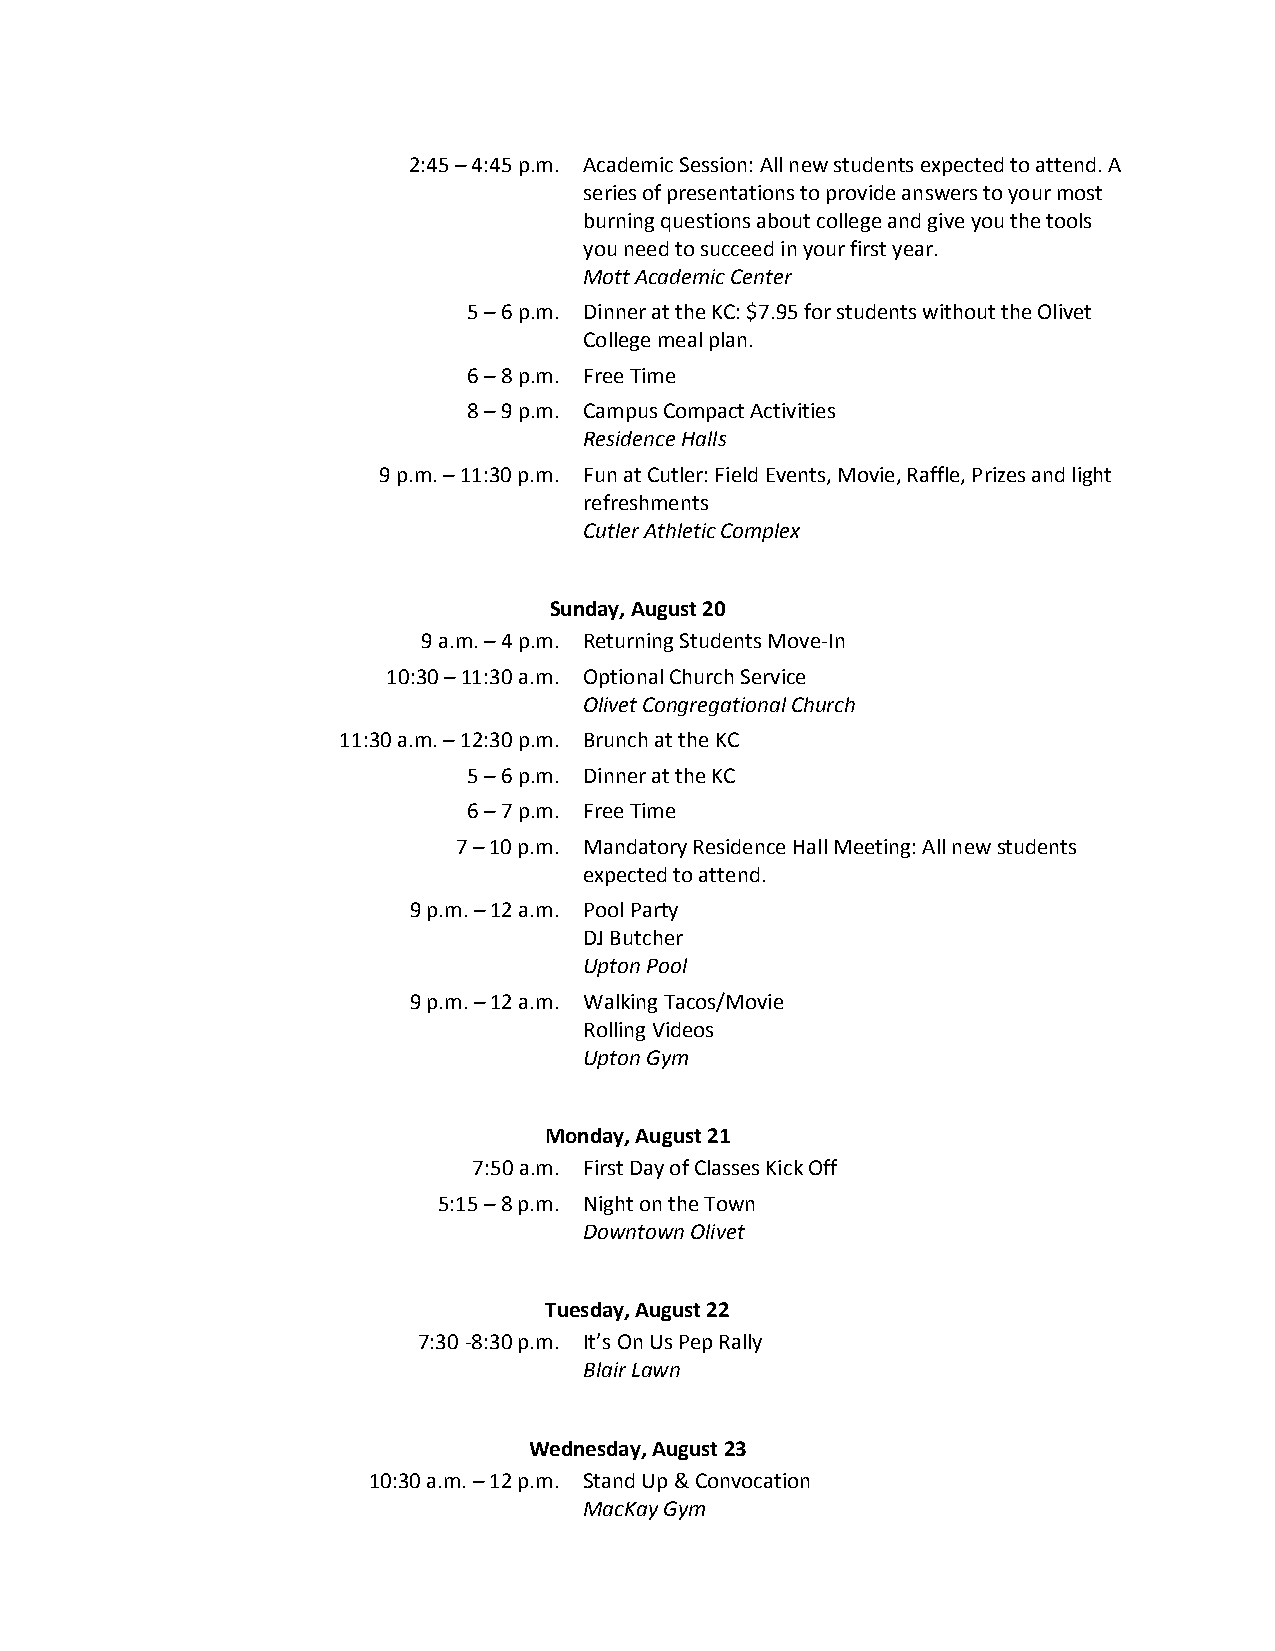
2:45 – 4:45 p.m. Academic Session: All new students expected to attend. A
 series of presentations to provide answers to your most
 burning questions about college and give you the tools
 you need to succeed in your first year.
 Mott Academic Center
 5 – 6 p.m. Dinner at the KC: $7.95 for students without the Olivet
 College meal plan.
 6 – 8 p.m. Free Time
 8 – 9 p.m. Campus Compact Activities
 Residence Halls
 9 p.m. – 11:30 p.m. Fun at Cutler: Field Events, Movie, Raffle, Prizes and light
 refreshments
 Cutler Athletic Complex
 Sunday, August 20
 9 a.m. – 4 p.m. Returning Students Move-In
 10:30 – 11:30 a.m. Optional Church Service
 Olivet Congregational Church
 11:30 a.m. – 12:30 p.m. Brunch at the KC
 5 – 6 p.m. Dinner at the KC
 6 – 7 p.m. Free Time
 7 – 10 p.m. Mandatory Residence Hall Meeting: All new students
 expected to attend.
 9 p.m. – 12 a.m. Pool Party
 DJ Butcher
 Upton Pool
 9 p.m. – 12 a.m. Walking Tacos/Movie
 Rolling Videos
 Upton Gym
 Monday, August 21
 7:50 a.m. First Day of Classes Kick Off
 5:15 – 8 p.m. Night on the Town
 Downtown Olivet
 Tuesday, August 22
 7:30 -8:30 p.m. It’s On Us Pep Rally
 Blair Lawn
 Wednesday, August 23
 10:30 a.m. – 12 p.m. Stand Up & Convocation
 MacKay Gym